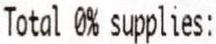
TOTAL 0% SUPPLIES: